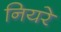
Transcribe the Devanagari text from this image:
नियरे